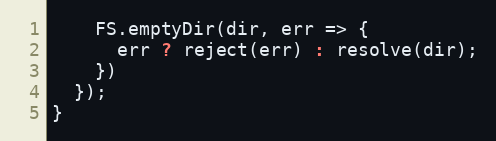
Language: JavaScript
    FS.emptyDir(dir, err => {
      err ? reject(err) : resolve(dir);
    })
  });
}